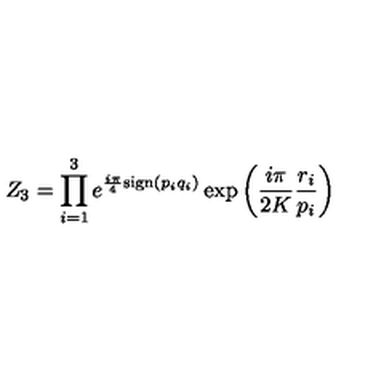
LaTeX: Z _ { 3 } = \prod _ { i = 1 } ^ { 3 } e ^ { \frac { i \pi } { 4 } \mathrm { s i g n } ( p _ { i } q _ { i } ) } \exp \left( \frac { i \pi } { 2 K } \frac { r _ { i } } { p _ { i } } \right)